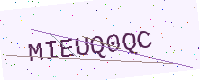
Text: MIEUQ0QC